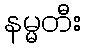
နမ္မတီး